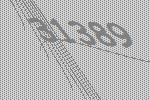
31389